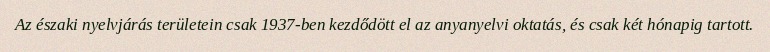
Az északi nyelvjárás területein csak 1937-ben kezdődött el az anyanyelvi oktatás, és csak két hónapig tartott.